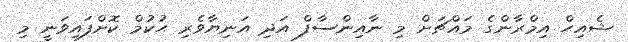
ޝެއިޙް އިމްރާންގެ މައްޗަށް މި ނާއިންސާފް އަދި އަނިޔާވެރި ޙުކުމް ކޮށްފައިވަނީ މި